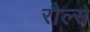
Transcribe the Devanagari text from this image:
रौल्स